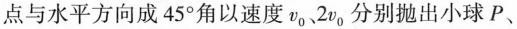
点与水平方向成45°角以速度v_{0}。2v_{0}分别抛出小球P、